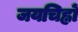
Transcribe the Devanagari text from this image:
जयचिह्नों